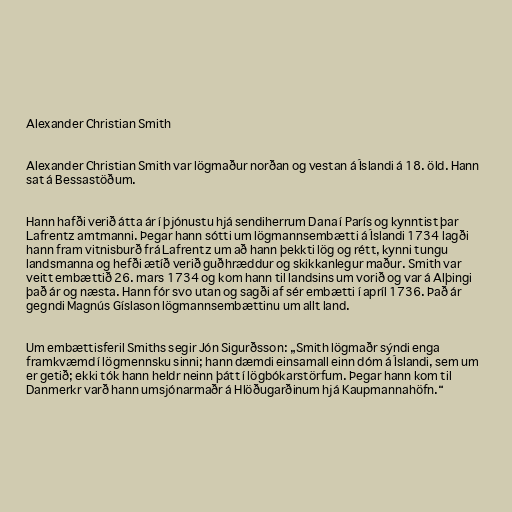
Alexander Christian Smith

Alexander Christian Smith var lögmaður norðan og vestan á Íslandi á 18. öld. Hann
sat á Bessastöðum.

Hann hafði verið átta ár í þjónustu hjá sendiherrum Dana í París og kynntist þar
Lafrentz amtmanni. Þegar hann sótti um lögmannsembætti á Íslandi 1734 lagði
hann fram vitnisburð frá Lafrentz um að hann þekkti lög og rétt, kynni tungu
landsmanna og hefði ætíð verið guðhræddur og skikkanlegur maður. Smith var
veitt embættið 26. mars 1734 og kom hann til landsins um vorið og var á Alþingi
það ár og næsta. Hann fór svo utan og sagði af sér embætti í apríl 1736. Það ár
gegndi Magnús Gíslason lögmannsembættinu um allt land.

Um embættisferil Smiths segir Jón Sigurðsson: „Smith lögmaðr sýndi enga
framkvæmd í lögmennsku sinni; hann dæmdi einsamall einn dóm á Íslandi, sem um
er getið; ekki tók hann heldr neinn þátt í lögbókarstörfum. Þegar hann kom til
Danmerkr varð hann umsjónarmaðr á Hlöðugarðinum hjá Kaupmannahöfn.“